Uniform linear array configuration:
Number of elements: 4
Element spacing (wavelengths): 1
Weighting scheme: blackman
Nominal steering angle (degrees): -15
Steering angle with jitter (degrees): -15.667
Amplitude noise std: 0.05
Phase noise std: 0.05

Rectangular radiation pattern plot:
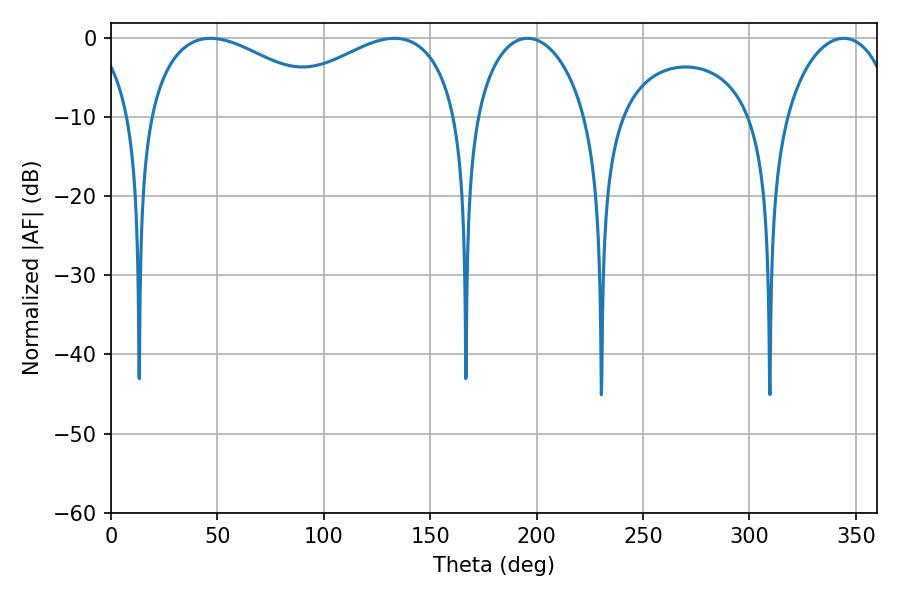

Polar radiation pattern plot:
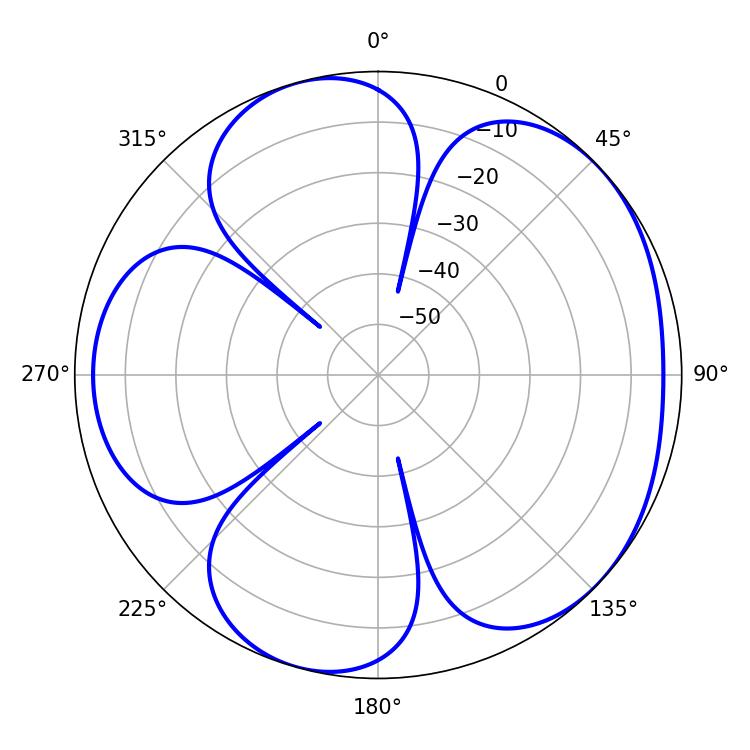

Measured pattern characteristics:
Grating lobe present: TRUE
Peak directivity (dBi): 4.806
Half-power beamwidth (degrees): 49.5
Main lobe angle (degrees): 46.8